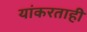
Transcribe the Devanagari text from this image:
यांकरताही